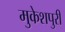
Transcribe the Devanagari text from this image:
मुकेशपुरी